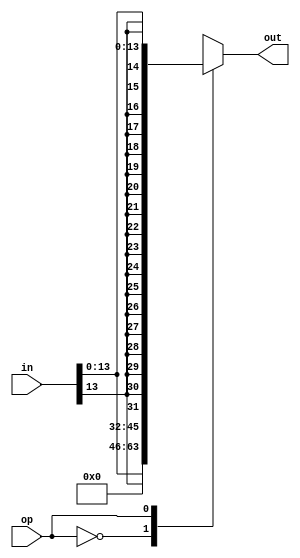
module immediate_extender (
    input [31:0] in,
    input op,
    output reg [31:0] out
);
    always @(*) begin
        case (op)
            2'b0: out = {18'b0, in[13:0]}; // unsigned immediate (zero extend)
            2'b1: out = {{18{in[13]}}, in[13:0]}; // signed immediate (sign extend)
        endcase
    end
endmodule